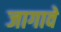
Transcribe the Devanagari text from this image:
जागावे